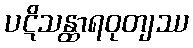
ပဋိသန္ထာရဝုတျဿ